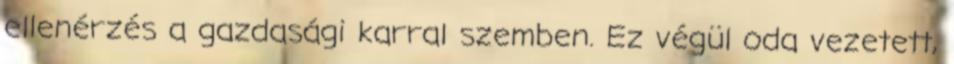
ellenérzés a gazdasági karral szemben. Ez végül oda vezetett,